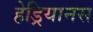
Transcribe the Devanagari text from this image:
हेड्रियानस